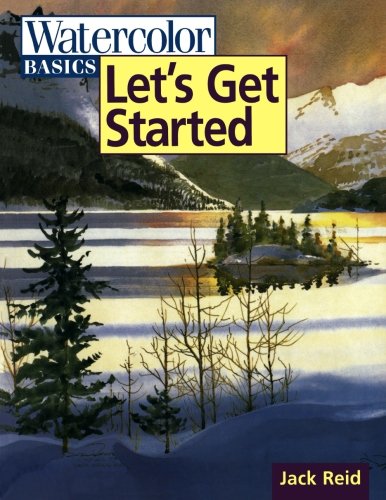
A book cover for Watercolor Basics - Let's Get Started; Jack Reid; Arts & Photography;